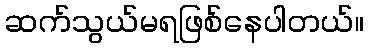
ဆက်သွယ်မရဖြစ်နေပါတယ်။